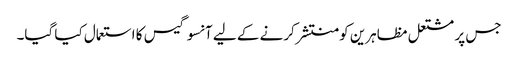
جس پر مشتعل مظاہرین کو منتشر کرنے کے لیے آنسو گیس کا استعمال کیا گیا۔